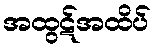
အထွဋ်အထိပ်